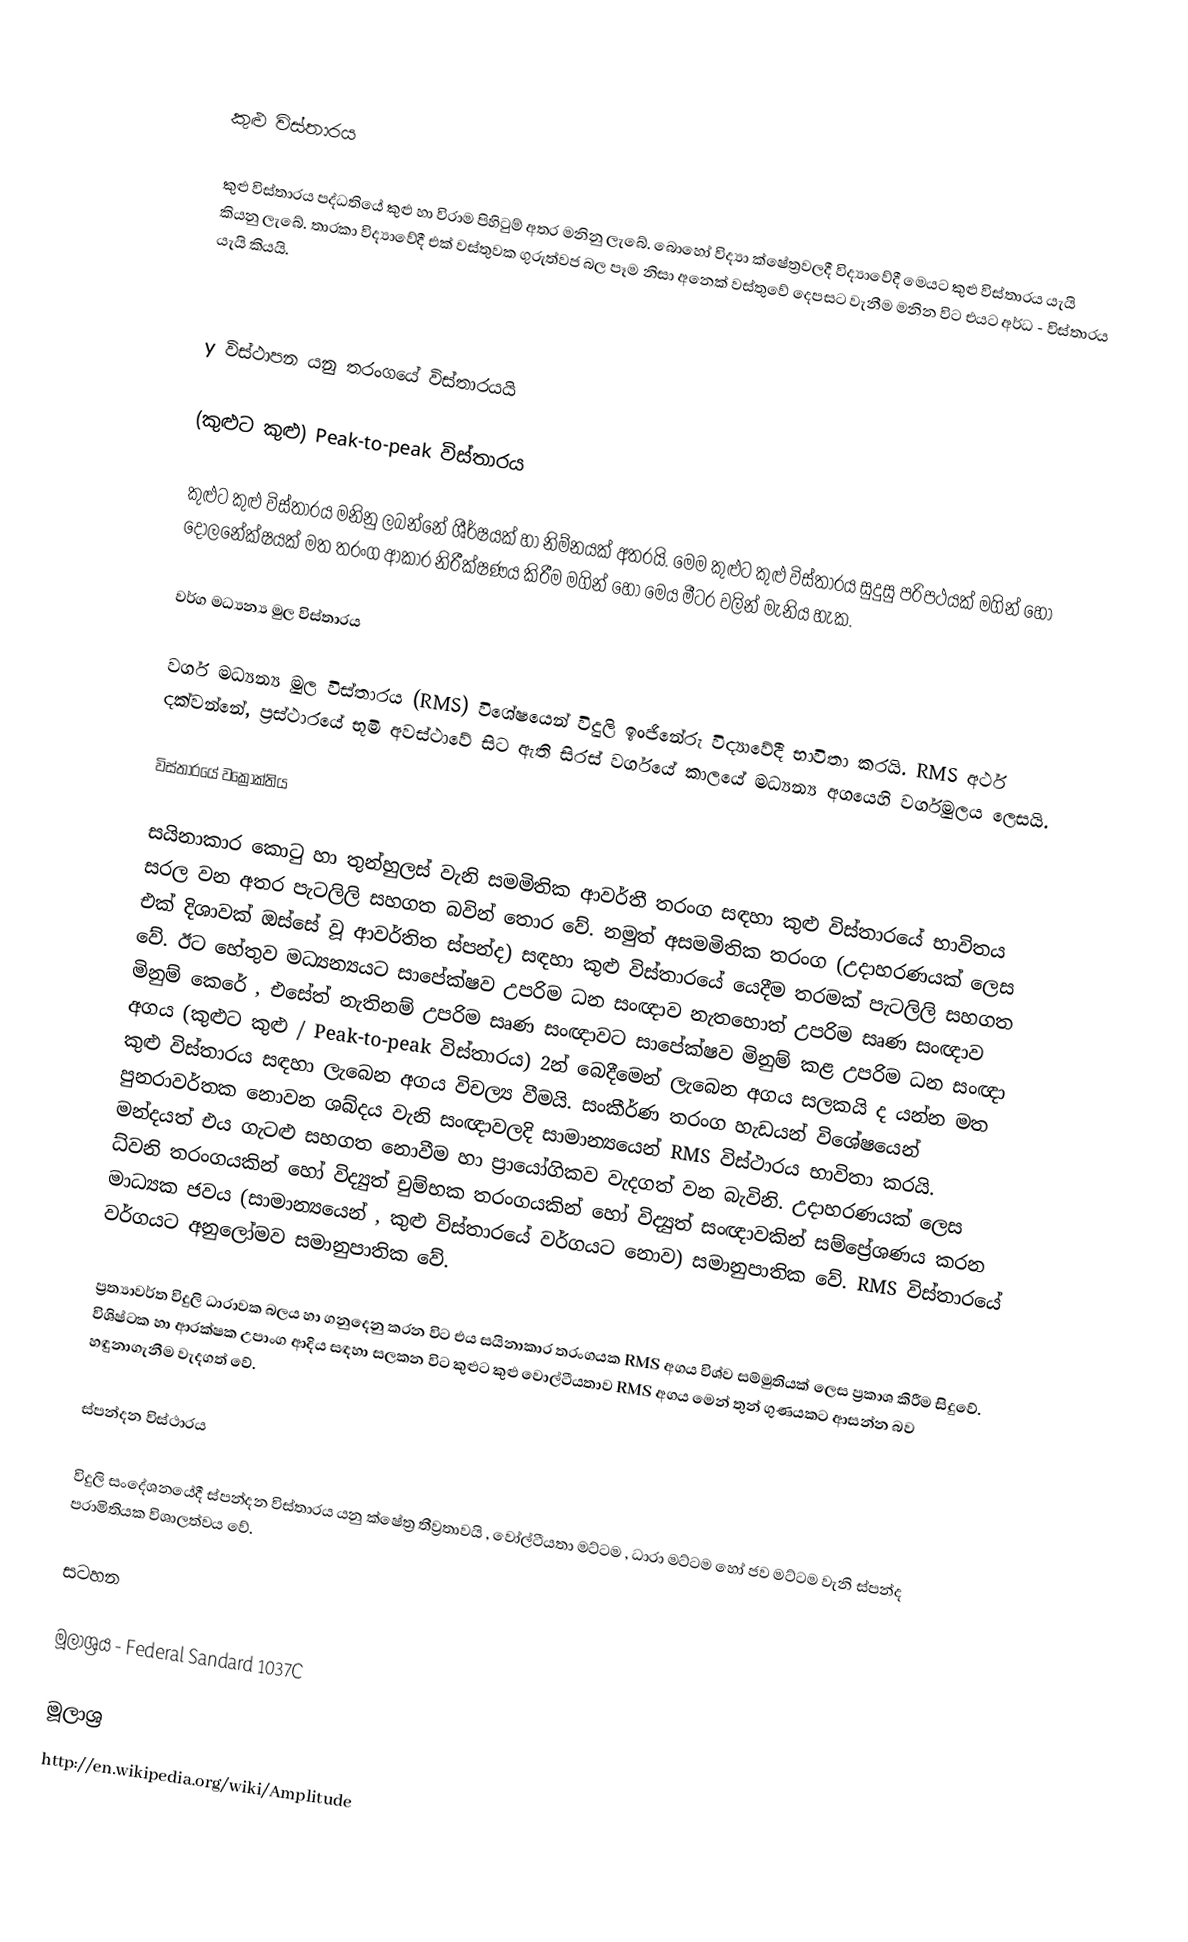

කුළු විස්තාරය

කුළු විස්තාරය පද්ධතියේ කුළු හා විරාම පිහිටුම් අතර මනිනු ලැබේ. බොහෝ විද්‍යා ක්ෂේත්‍රවලදී  විද්‍යාවේදී මෙයට කුළු විස්තාරය යැයි කියනු ‍ලැබේ. තාරකා විද්‍යාවේදී එක් වස්තුවක ගුරුත්වජ බල පෑම නිසා අනෙක් වස්තුවේ දෙපසට වැනීම මනින විට එයට අර්ධ - විස්තාරය යැයි කියයි.

y විස්ථාපන යනු තරංගයේ විස්තාරයයි

(කුළුට කුළු) Peak-to-peak විස්තාරය

කුළුට කුළු විස්තාරය මනිනු ලබන්නේ ශීර්ෂයක් හා නිම්නයක් අතරයි. ‍මෙම කුළුට කුළු විස්තාරය සුදුසු පරිපථයක් මගින් හෝ දෝලනේක්ෂයක් මත තරංග ආකාර නිරීක්ෂණය  කිරීම මගින් හෝ මෙය මීටර වලින් මැනිය හැක.

වර්ග මධ්‍යන්‍ය මුල විස්තාරය

වර්ග මධ්‍යන්‍ය මුල විස්තාරය (RMS)  විශේෂයෙන් විදුලි ඉංජිනේරු විද්‍යාවේදී භාවිතා කරයි. RMS අර්ථ දක්වන්නේ, ප්‍රස්ථාරයේ භූමි අවස්ථාවේ සිට ඇති සිරස් වර්ගයේ කාලයේ මධ්‍යන්‍ය අගයෙහි වර්ගමුලය ලෙසයි.

විස්තාරයේ වක්‍රෝක්තිය

සයිනාකාර කොටු හා තුන්හුලස් වැනි සමමිතික ආවර්තී තරංග සඳහා කුළු විස්තාරයේ භාවිතය සරල වන අතර පැටලිලි සහගත බවින් තොර වේ. නමුත් අසමමිතික තරංග (උදාහරණයක් ලෙස එක් දිශාවක් ඔස්සේ වූ ආවර්තිත ස්පන්ද) සඳහා කුළු විස්තාරයේ යෙදීම තරමක් පැටලිලි සහගත වේ. ඊට හේතුව මධ්‍යන්‍යයට සාපේක්ෂව උපරිම ධන සංඥාව නැතහොත් උපරිම සෘණ සංඥාව මිනුම් කෙරේ  , එසේත් නැතිනම් උපරිම සෘණ සංඥාවට ස‍ාපේක්ෂව මිනුම් කළ උපරිම ධන සංඥා අගය (කුළුට කුළු / Peak-to-peak විස්තාරය) 2න් බෙදීමෙන් ලැබෙන අගය සලකයි ද යන්න මත කුළු විස්තාරය සඳහා ලැබෙන අගය විචල්‍ය වීමයි. සංකීර්ණ තරංග හැඩයන් විශේෂයෙන් පුනරාවර්තක නොවන ශබ්දය වැනි සංඥාවලදි සාමාන්‍යයෙන් RMS විස්ථාරය භාවිතා කරයි. මන්දයත් එය ගැටළු සහගත නොවීම හා ප්‍රායෝගිකව වැදගත් වන බැවිනි. උදාහරණයක් ලෙස ධ්වනි තරංගයකින් හෝ විද්‍යුත් චුම්භක තරංගයකින් හෝ විද්‍යුත් සංඥාවකින්  සම්ප්‍රේශණය කරන මාධ්‍යක ජවය (සාමාන්‍යයෙන් , කුළු විස්තාරයේ වර්ගයට නොව) සමානුපාතික වේ. RMS විස්තාරයේ වර්ගයට අනුලෝමව සමානුපාතික වේ.

ප්‍රත්‍යාවර්ත විදුලි ධාරාවක බලය හා ගනුදෙනු කරන විට එය සයිනාකාර තරංගයක  RMS  අගය විශ්ව සම්මුතියක් ලෙස ප්‍රකාශ කිරීම සිදුවේ. විශිෂ්ටක හා ආරක්ෂක උපාංග ආදිය සඳහා සලකන විට කුළුට කුළු වොල්ටීයතාව RMS  අගය මෙන් තුන් ගුණයකට ආසන්න බව හඳුනාගැනීම වැදගත් වේ.

ස්පන්දන විස්ථාරය

විදුලි සංදේශනයේදී ස්පන්දන විස්තාරය යනු ක්ෂේත්‍ර තීව්‍රතාවයි , වෝල්ටීයතා මට්ටම , ධාරා මට්ටම හෝ ජව මට්ටම වැනි ස්පන්ද පරාමිතියක විශාලත්වය වේ.

සටහන

මූලාශ්‍රය  	-	Federal Sandard 1037C

මූලාශ්‍ර
http://en.wikipedia.org/wiki/Amplitude